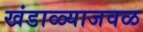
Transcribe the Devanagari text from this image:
खंडाळ्याजवळ